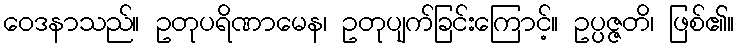
ဝေဒနာသည်။ ဥတုပရိဏာမေန၊ ဥတုပျက်ခြင်းကြောင့်။ ဥပ္ပဇ္ဇတိ၊ ဖြစ်၏။